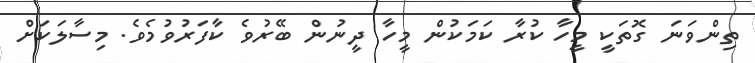
ތިންވަނަ ގޮތަކީ މީހާ ކުރާ ކަމަކުން މީހާ ދީނުން ބޭރުވެ ކާފަރުވުމެވެ. މިސާލަކަށް